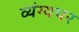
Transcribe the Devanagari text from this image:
व्यंग्यपर